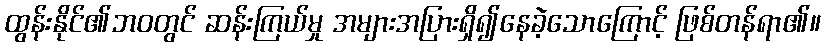
ထွန်းနိုင်၏ဘဝတွင် ဆန်းကြယ်မှု အများအပြားရှိ၍နေခဲ့သောကြောင့် ဖြစ်တန်ရာ၏။